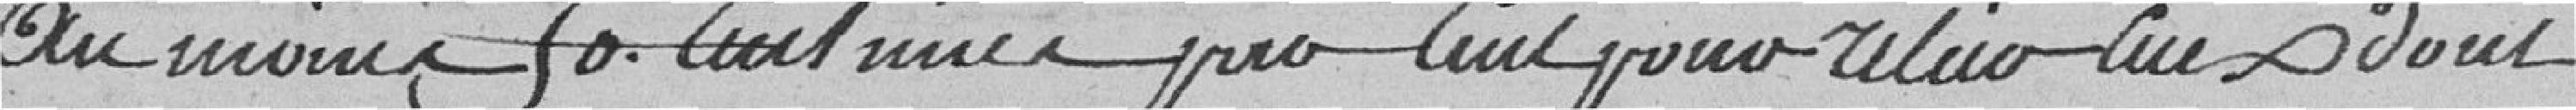
Au moins 50 centimes par cent pour relier ceux dont